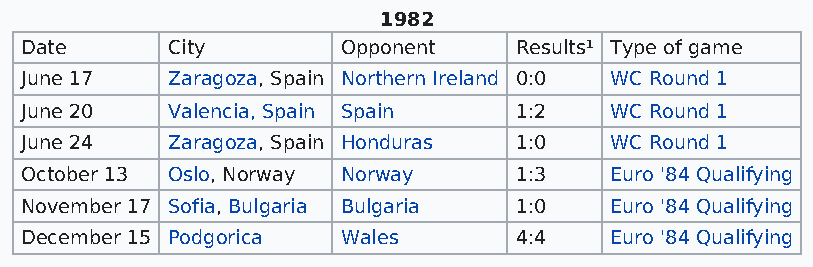
1982
 Date      City        Opponent   Results¹ Type of game
 June 17   Zaragoza, Spain Northern Ireland 0:0 WC Round 1
 June 20   Valencia, Spain Spain  1:2   WC Round 1
 June 24   Zaragoza, Spain Honduras 1:0 WC Round 1
 October 13 Oslo, Norway Norway   1:3   Euro '84 Qualifying
 November 17 Sofia, Bulgaria Bulgaria 1:0 Euro '84 Qualifying
 December 15 Podgorica Wales      4:4   Euro '84 Qualifying